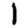
Digit: 1